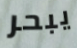
يبحر